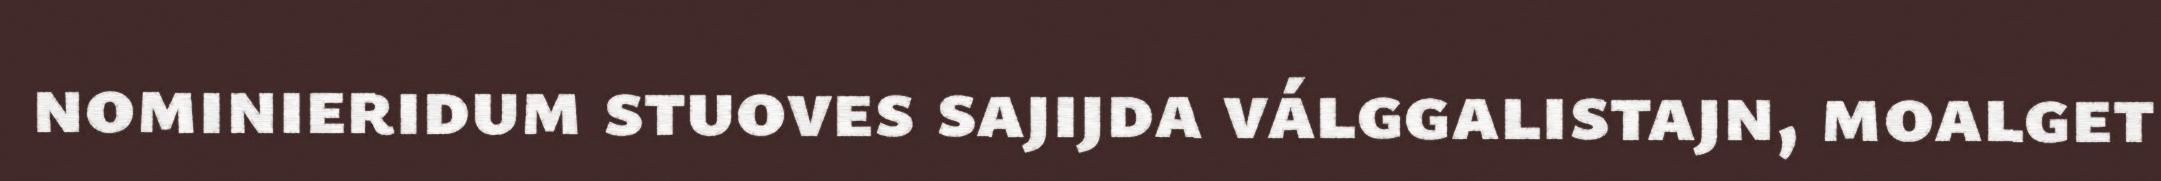
nominieridum stuoves sajijda válggalistajn, moalget